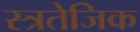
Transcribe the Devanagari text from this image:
स्त्रतेजिक